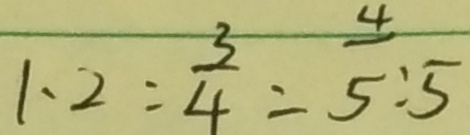
1 . 2 : \frac { 3 } { 4 } = \frac { 4 } { 5 } : 5